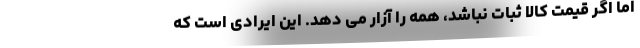
اما اگر قیمت کالا ثبات نباشد، همه را آزار می دهد. این ایرادی است که